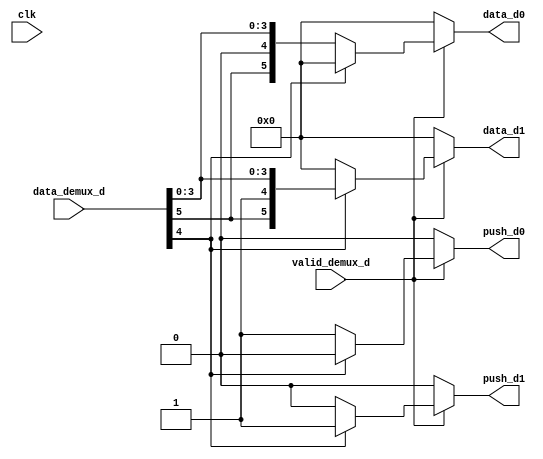
`timescale 1ns/1ps

module demux_d #(
    parameter DATA_SIZE = 6,
    parameter BIT_SELECT = 2  )(       //parametro para elegir entre vc_id(1) y dest(2) 
    //input                       valid_out_main,
    input                       clk,
    input       [DATA_SIZE-1:0] data_demux_d,
    input valid_demux_d,
    output reg                  push_d0,
    output reg                  push_d1,
    output reg  [DATA_SIZE-1:0] data_d0,
    output reg  [DATA_SIZE-1:0] data_d1     
    );

   reg selector;

    always@( * ) begin
        data_d0   = 'b0;
        data_d1   = 'b0;
        push_d0   = 'b0;
        push_d1   = 'b0;
        selector = data_demux_d[DATA_SIZE - BIT_SELECT];
        //Logica para arqui.v:
        
       if ( valid_demux_d ) begin
           //seleccion de logicas
            data_d0 = ~selector ? data_demux_d : 'b0;
            push_d0 = ~selector ? 1 : 'b0;
            
            data_d1 = selector ? data_demux_d : 'b0;
            push_d1 = selector ? 1 : 'b0;
       end 
    end

endmodule